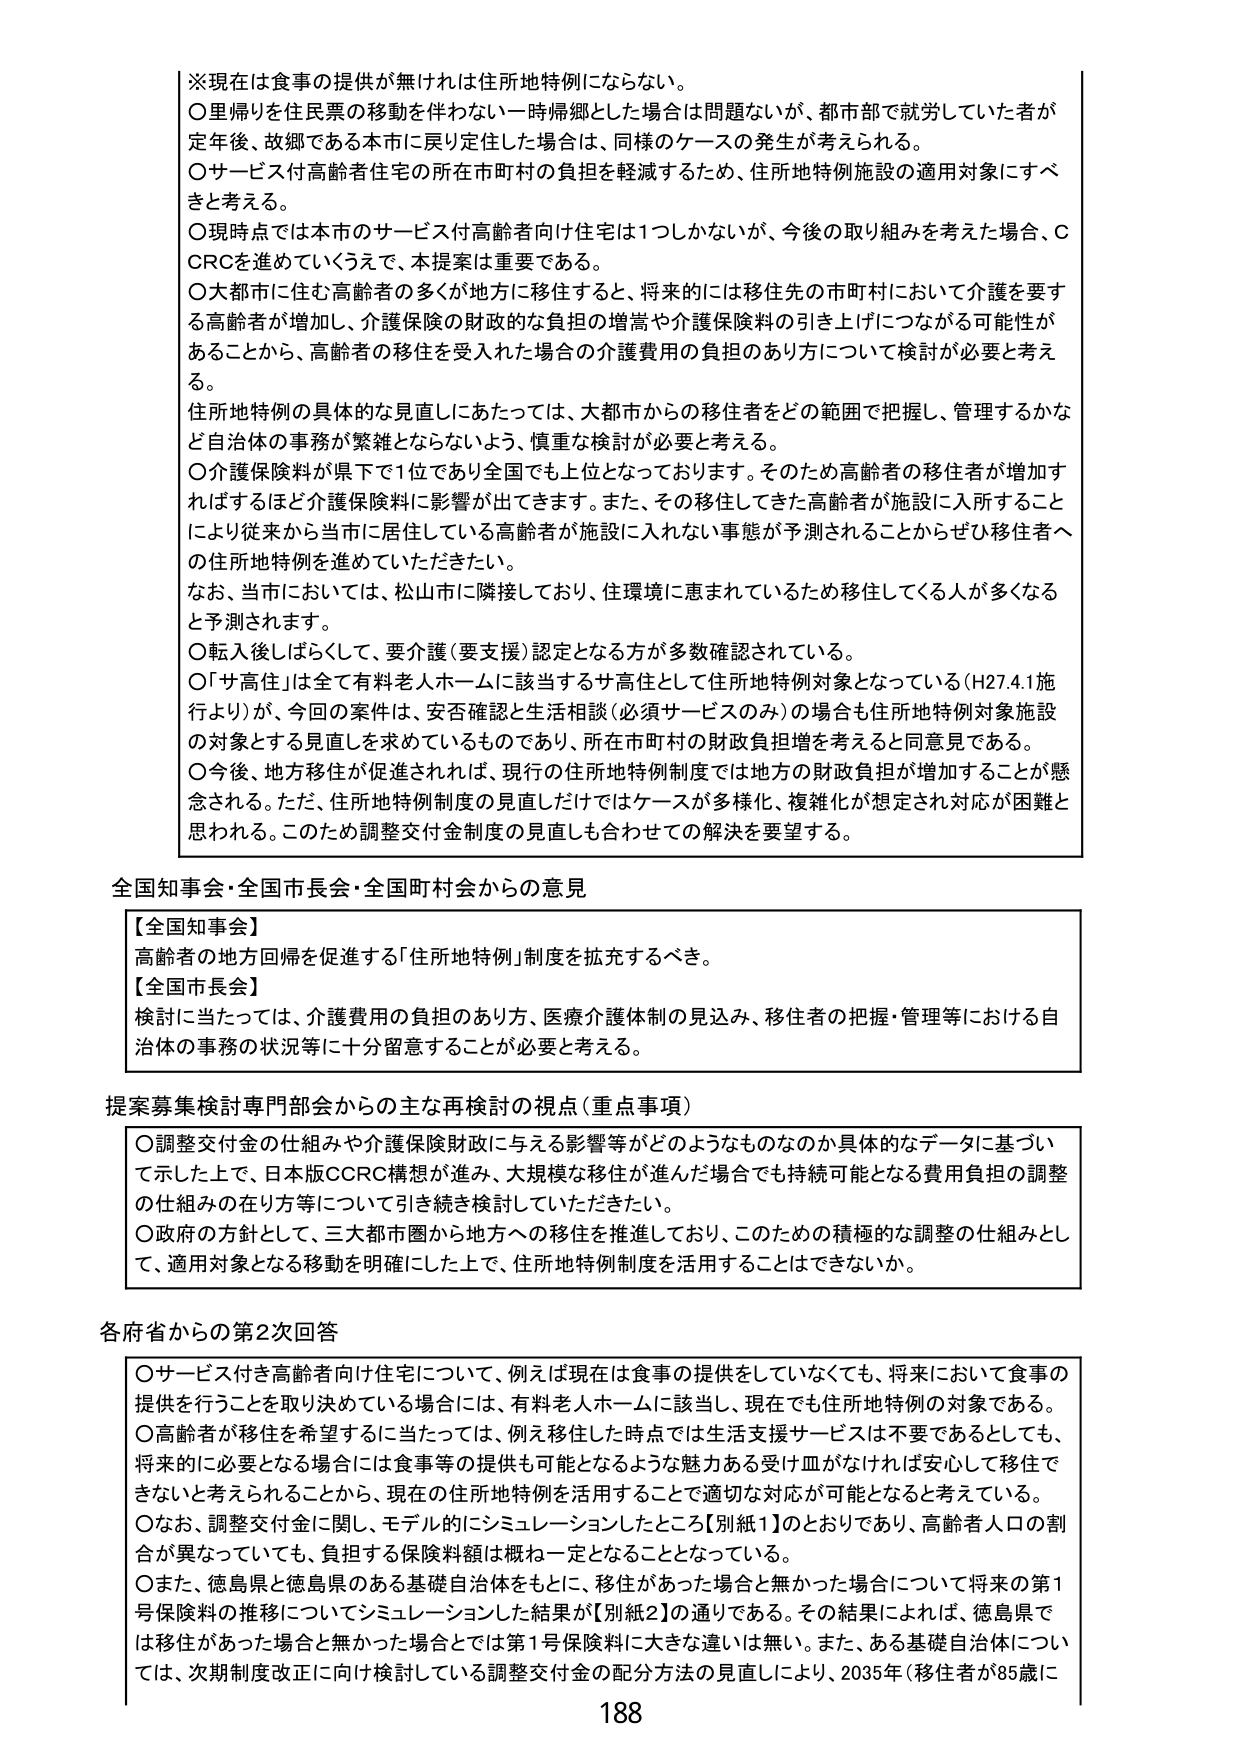
※現在は食事の提供が無ければ住所地特例にならない。
○里帰りを住民票の移動を伴わない一時帰郷とした場合は問題ないが、都市部で就労していた者が定年後、故郷である本市に戻り定住した場合は、同様のケースの発生が考えられる。
○サービス付高齢者住宅の所在市町村の負担を軽減するため、住所地特例施設の適用対象にすべきと考える。
○現時点では本市のサービス付高齢者向け住宅は1つしかないが、今後の取り組みを考えた場合、CCRCを進めていくうえで、本提案は重要である。
○大都市に住む高齢者の多くが地方に移住すると、将来的には移住先の市町村において介護を要する高齢者が増加し、介護保険の財政的な負担の増嵩や介護保険料の引き上げにつながる可能性があることから、高齢者の移住を受入れた場合の介護費用の負担のあり方について検討が必要と考える。
住所地特例の具体的な見直しにあたっては、大都市からの移住者をどの範囲で把握し、管理するかなど自治体の事務が繁雑とならないよう、慎重な検討が必要と考える。
○介護保険料が県下で1位であり全国でも上位となっております。そのため高齢者の移住者が増加すればするほど介護保険料に影響が出できます。また、その移住してきた高齢者が施設に入所することにより従来から当市に居住している高齢者が施設に入れない事態が予測されることからぜひ移住者への住所地特例を進めていただきたい。
なお、当市においては、松山市に隣接しており、住環境に恵まれているため移住してくる人が多くなると予測されます。
○転入後しばらくして、要介護（要支援）認定となる方が多数確認されている。
○「サ高住」は全て有料老人ホームに該当するサ高住として住所地特例対象となっている（H27.4.1施行より）が、今回の案件は、安否確認と生活相談（必須サービスのみ）の場合も住所地特例対象施設の対象とする見直しを求めているものであり、所在市町村の財政負担増を考えると同意見である。
○今後、地方移住が促進されれば、現行の住所地特例制度では地方の財政負担が増加することが懸念される。ただ、住所地特例制度の見直しだけではケースが多様化、複雑化が想定され対応が困難と思われる。このため調整交付金制度の見直しも合わせての解決を要望する。

全国知事会・全国市長会・全国町村会からの意見

【全国知事会】
高齢者の地方回帰を促進する「住所地特例」制度を拡充すべき。

【全国市長会】
検討に当たっては、介護費用の負担のあり方、医療介護体制の見込み、移住者の把握・管理等における自治体の事務の状況等に十分留意することが必要と考える。

提案募集検討専門部会からの主な再検討の視点（重点事項）

○調整交付金の仕組みや介護保険財政に与える影響等がどのようなものなのか具体的なデータに基づいて示した上で、日本版CCRC構想が進み、大規模な移住が進んだ場合でも持続可能となる費用負担の調整の仕組みの在り方等について引き続き検討していただきたい。
○政府の方針として、三大都市圏から地方への移住を推進しており、このための積極的な調整の仕組みとして、適用対象となる移動を明確にした上で、住所地特例制度を活用することはできないか。

各府省からの第2次回答

○サービス付き高齢者向け住宅について、例えば現在は食事の提供をしていなくても、将来において食事の提供を行うことを取り決めている場合には、有料老人ホームに該当し、現在でも住所地特例の対象である。
○高齢者が移住を希望するに当たっては、例えば移住した時点では生活支援サービスは不要であるとしても、将来的に必要となる場合には食事等の提供も可能となるような魅力ある受け皿がなければ安心して移住できないと考えられることから、現在の住所地特例を活用することで適切な対応が可能となると考えている。
○なお、調整交付金に関し、モデル的にシミュレーションしたところ【別紙1】のとおりであり、高齢者人口の割合が異なっていても、負担する保険料額は概ね一定となることとなっている。
○また、徳島県と徳島県のある基礎自治体をもとに、移住があった場合と無かった場合について将来の第1号保険料の推移についてシミュレーションした結果が【別紙2】の通りである。その結果によれば、徳島県では移住があった場合と無かった場合とでは第1号保険料に大きな違いは無い。また、ある基礎自治体については、次期制度改正に向け検討している調整交付金の配分方法の見直しにより、2035年（移住者が85歳に

188